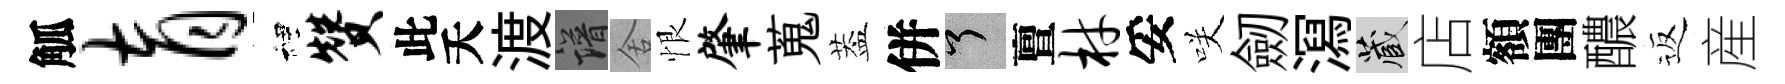
觚育裡赞此夭渡譜舍恨肇蒐葢併了亶材妥咲劒㵼藏店額團醲返産